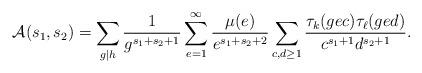
LaTeX: \begin{align*} \mathcal{A}(s_1,s_2) = \sum_{g \mid h} \frac{1}{g^{s_1+s_2+1}} \sum_{e=1}^{\infty} \frac{\mu(e)}{e^{s_1+s_2+2}} \sum_{\substack{ c,d \ge 1}} \frac{\tau_{k}(gec) \tau_{\ell}(ged)}{c^{s_1+1} d^{s_2+1}}.\end{align*}